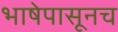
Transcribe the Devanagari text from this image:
भाषेपासूनच